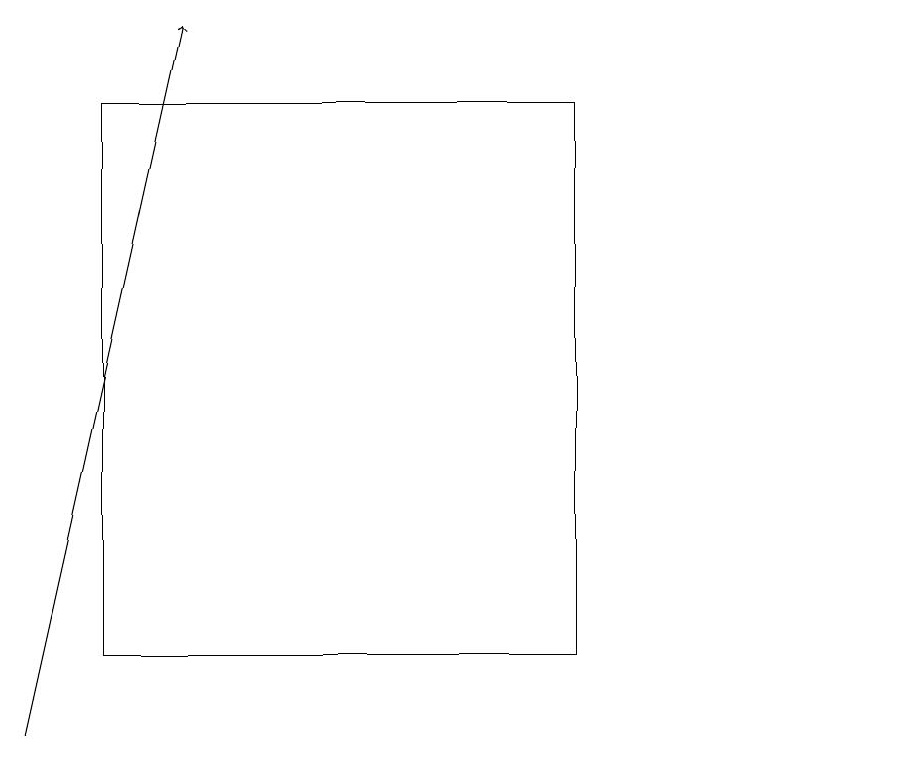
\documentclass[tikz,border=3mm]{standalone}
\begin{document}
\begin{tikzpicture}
\draw (11,11) circle (0);
\draw (1,18) rectangle (7,11);
\draw[->] (0,10) -- (2,19);
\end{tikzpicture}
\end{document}